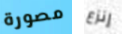
مصورة إنزع